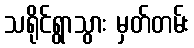
သရိုင်ရွာသွား မှတ်တမ်း